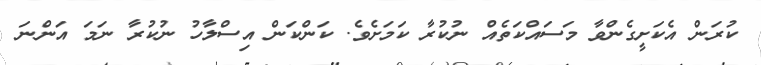
ކުރަން އެކަށީގެންވާ މަސައްކަތެއް ނުކުރާ ކަމަށެވެ. ކަންކަން އިސްލާހު ނުކުރާ ނަމަ އަންނަ